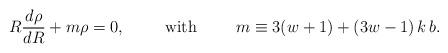
LaTeX: \begin{align*}R{d\rho\over dR}+m \rho=0, \hskip 1cm {\rm with}\hskip 1cm m \equiv 3(w+1)+(3w-1)\,k\,b.\end{align*}